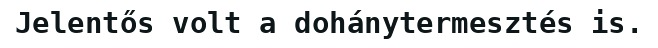
Jelentős volt a dohánytermesztés is.